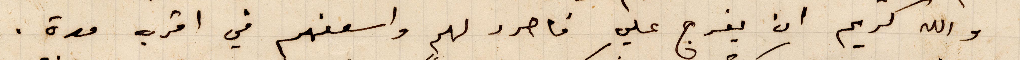
والله كريم ان يفرج على فاحدد لهم واسعفهم في اقرب مدة.